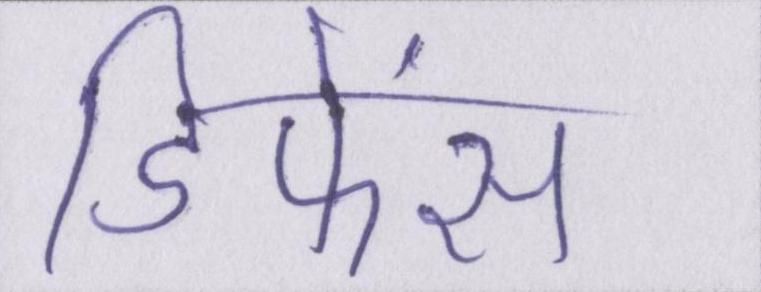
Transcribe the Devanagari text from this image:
डिफेंस